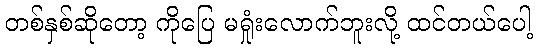
တစ်နှစ်ဆိုတော့ ကိုပြေ မရှုံးလောက်ဘူးလို့ ထင်တယ်ပေါ့